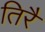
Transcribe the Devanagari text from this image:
तिरै